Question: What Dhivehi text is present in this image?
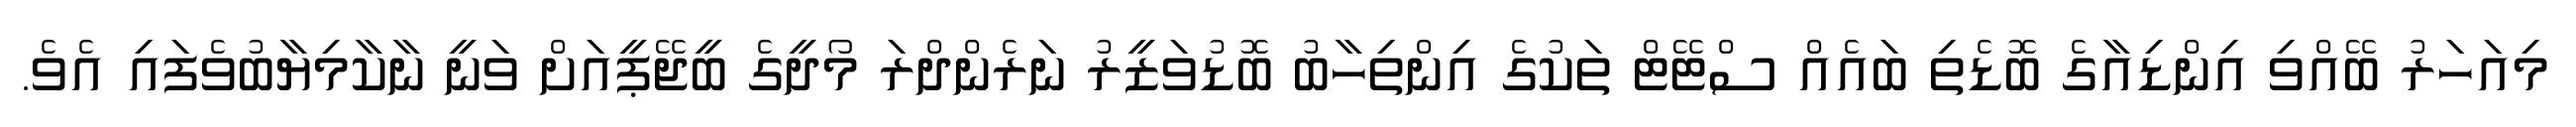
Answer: މިއަހަރު ބޭއްވި އިންޑިއާގެ ބޮޑެތި ބައެއް ސްޓޭޓް ތަކުގެ އިންތިހާބު ބޮޑުވަޒީރު ނަރެންދްރަ މޯދީގެ ބީޖޭޕީއަށް ވަނީ ނާކާމިޔާބުވެފައި އެވެ.